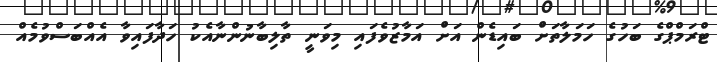
ޓްރަމްޕްގެ ބަހުގެ ހަމަލާތަށް ބައިޑެން އަށް އަމާޒުވެފައި މިވަނީ ތާލިބާނުންނާއެކު ހަދާފައިވާ އެއްބަސްވުމެއް